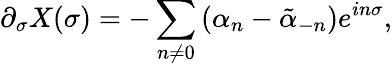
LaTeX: \partial_{\sigma}X(\sigma)=-\sum_{n\ne 0}\left(\alpha_{n}-\tilde{\alpha}_{-n}\right)e^{in\sigma},